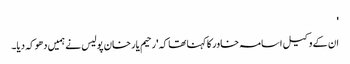
'
ان کے وکیل اسامہ خاور کا کہنا تھا کہ 'رحیم یار خان پولیس نے ہمیں دھوکہ دیا۔